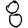
Digit: 8